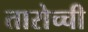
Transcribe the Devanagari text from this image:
तारोच्ची